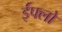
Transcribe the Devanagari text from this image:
ईफ्लो